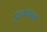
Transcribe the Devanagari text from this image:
एलायन्स